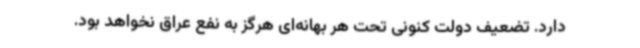
دارد. تضعیف دولت کنونی تحت هر بهانه‌ای هرگز به نفع عراق نخواهد بود.